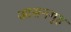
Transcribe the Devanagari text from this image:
आसनगृह